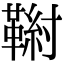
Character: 𩋰